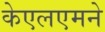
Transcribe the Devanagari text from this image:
केएलएमने